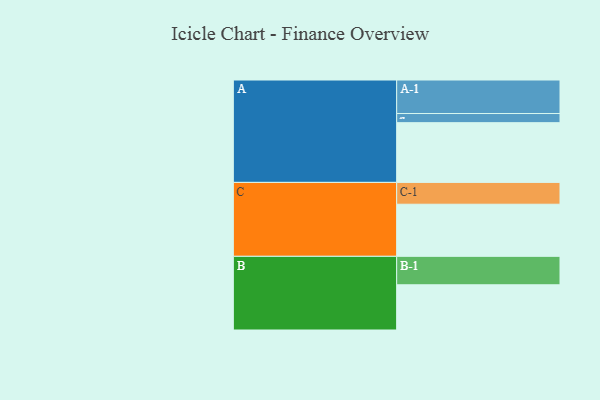
{"axis": {"x": "Segment", "y": "Value"}, "legend": ["", "A", "B", "C"], "data": [{"x": "A", "y": 424, "type": ""}, {"x": "B", "y": 321, "type": ""}, {"x": "C", "y": 370, "type": ""}, {"x": "A-1", "y": 238, "type": "A"}, {"x": "A-2", "y": 65, "type": "A"}, {"x": "B-1", "y": 202, "type": "B"}, {"x": "C-1", "y": 155, "type": "C"}]}